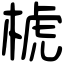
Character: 椃